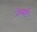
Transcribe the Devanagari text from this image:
जेम्बार्ट